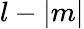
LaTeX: l-|m|